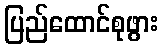
ပြည်ထောင်စုဖွား